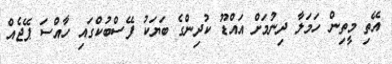
އޭތި މީތިން ހަމަލާ ދިނުމަށް އައްޑޫ ކުދިންގެ ބަޔަކު ފޭސްބުކްގައި ހާއްސަ ޕޭޖެއް